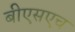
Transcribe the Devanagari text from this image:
बीएसएच